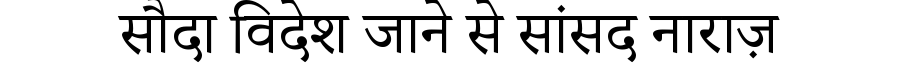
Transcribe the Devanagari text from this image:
सौदा विदेश जाने से सांसद नाराज़